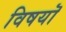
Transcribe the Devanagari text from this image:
विषयॊ